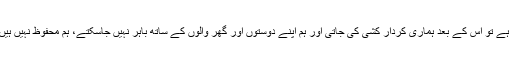
ان کا کہنا تھا کہ اگر ہمیں جنسی تشدد کا نشانہ بنایا جاتا ہے تو اس کے بعد ہماری کردار کشی کی جاتی اور ہم اپنے دوستوں اور گھر والوں کے ساتھ باہر نہیں جاسکتے، ہم محفوظ نہیں ہیں اور ہم ایسی دنیا چاہتے ہیں، جہاں ہمیں تحفظ مل سکے۔